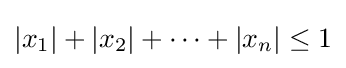
|x_{1}|+|x_{2}|+\cdots +|x_{n}|\leq 1